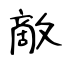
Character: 敵